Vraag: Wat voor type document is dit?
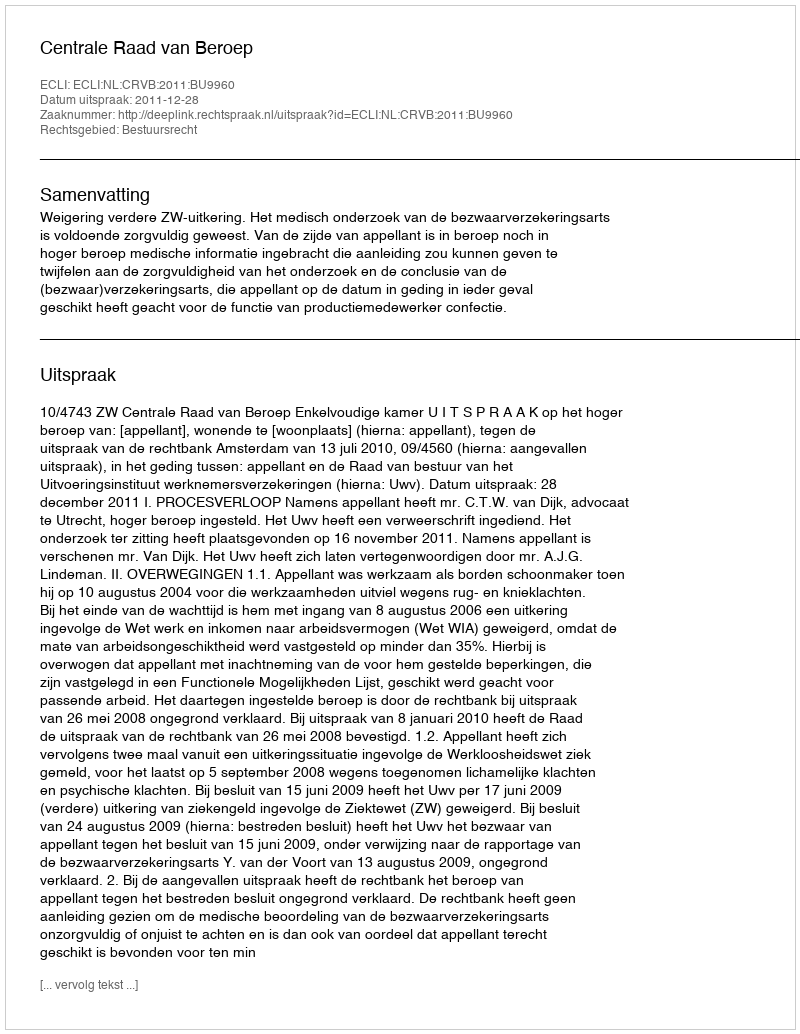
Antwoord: Uitspraak